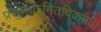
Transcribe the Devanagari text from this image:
प्रद्युम्नोऽमितविक्रमः।।